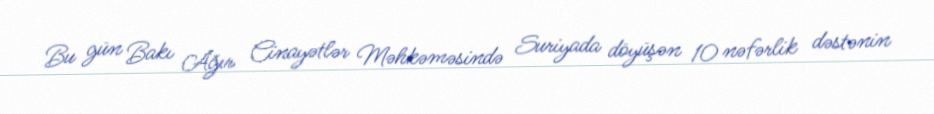
Bu gün Bakı Ağır Cinayətlər Məhkəməsində Suriyada döyüşən 10 nəfərlik dəstənin